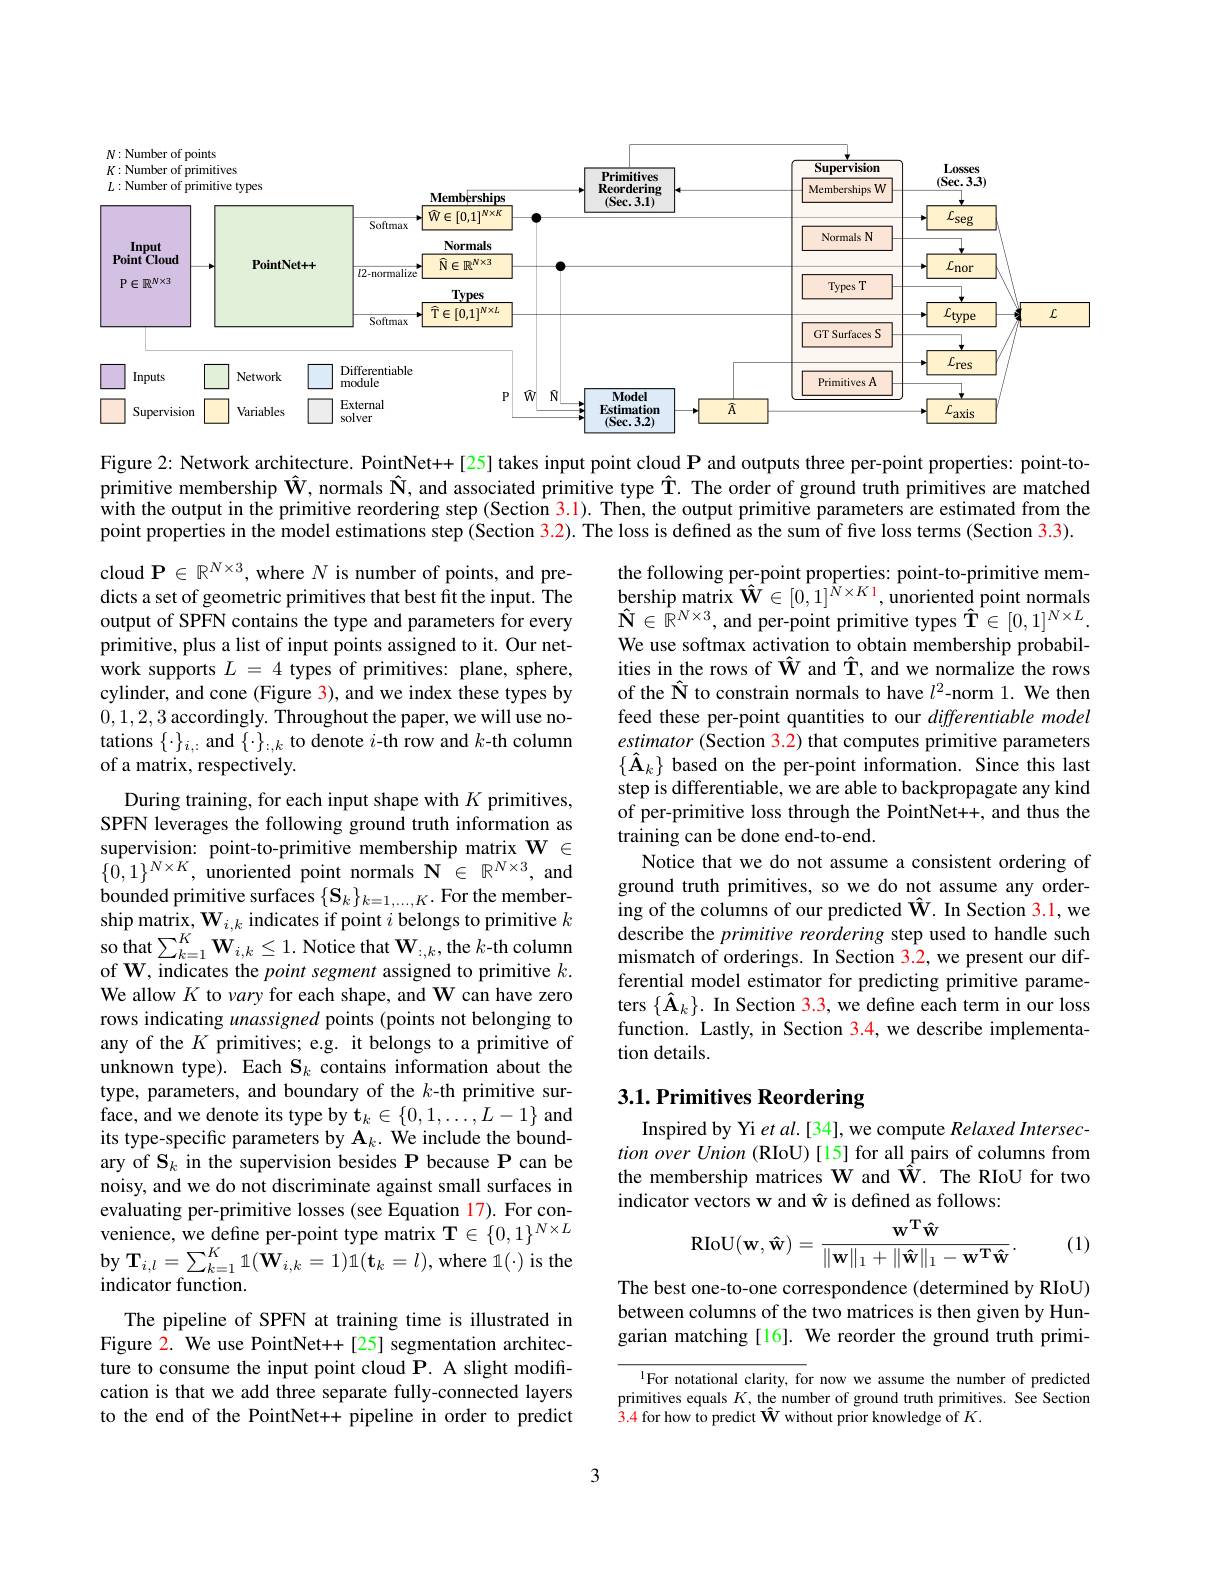
<FigureHere>

Figure 2: Network architecture. PointNet++[25] takes input point cloud $\mathbf{P}$ and outputs three per-point properties: point-to- $\tilde{\text{primitive membership }}\hat{\mathbf{W}}$, normals $\hat{\mathbf{N}}$, and associated primitive type $\hat{\mathbf{T}}.$ The order of ground truth primitives are matched with the output in the primitive reordering step (Section 3.1). Then, the output primitive parameters are estimated from the point properties in the model estimations step (Section $\color{red}{3.2}).$ The loss is defined as the sum of five loss terms (Section 3.3).

cloud $\mathbf{P}\in\mathbb{R}^{N\times3}$, where $N$ is number of points, and predicts a set of geometric primitives that best fit the input. The output of SPFN contains the type and parameters for every primitive, plus a list of input points assigned to it. Our network supports $L=4$ types of primitives: plane, sphere, cylinder, and cone (Figure 3), and we index these types by 0,1,2,3 accordingly. Throughout the paper, we will use notations $\{\cdot\}_{i,:}$ and $\{\cdot\}_{:,k}$ to denote $i$-th row and $k$-th column of a matrix, respectively.

the following per-point properties: point-to-primitive membership matrix $\hat{\mathbf{W}}\in[0,1]^{N\times K1}$,unoriented point normals $\hat{\mathbf{N}}\in\mathbb{R}^{N\times3}$, and per-point primitive types $\hat{\mathbf{T}}\in[0,1]^{N\times L}.$ We use softmax activation to obtain membership probabilities in the rows of $\hat{\mathbf{W}}$ and $\hat{\mathbf{T}}$, and we normalize the rows of the ÎN to constrain normals to have $l^2$-norm 1. We then feed these per-point quantities to our differentiable model estimator (Section 3.2) that computes primitive parameters $\{\hat{\mathbf{A}}_{k}\}$ based on the per-point information. Since this last step is differentiable, we are able to backpropagate any kind of per-primitive loss through the PointNet+, and thus the training can be done end-to-end
Notice that we do not assume a consistent ordering of ground truth primitives, so we do not assume any order- $\tilde{\text{ing of the columns of our predicted }}\hat{\mathbf{W}}.$ In Section 3.1,we describe the primitive reordering step used to handle such mismatch of orderings. In Section 3.2, we present our differential model estimator for predicting primitive parameters $\{\hat{\mathbf{A}}_k\}.$ In Section 3.3, we define each term in our loss function. Lastly, in Section 3.4, we describe implementation details.

# 3.1. Primitives Reordering

During training, for each input shape with $K$ primitives, SPFN leverages the following ground truth information as supervision: point-to-primitive membership matrix $\mathbf{W}\in$ $\{\hat{0},1\}^{N\times K},\hat{\text{unoriented point normals }\mathbf{N}}\in\mathbb{R}^{N\times3}$,and bounded primitive surfaces $\{\mathbf{S}_k\}_{k=1,\ldots,K}.$ For the member- $\text{ship matrix, W}_{i, k}$ indicates if point $i$ belongs to primitive $k$ so that $\sum _{k= 1}^{K}\mathbf{W} _{i, k}\leq 1.$ Notice that $\mathbf{W} _{i, k}$,the $k$- th column of W, indicates the point segment assigned to primitive $k.$ We allow $K$ to vary for each shape, and W can have zero rows indicating unassigned points (points not belonging to any of the $K$ primitives; e.g. it belongs to a primitive of unknown type). Each $\mathbf{S}_k$ contains information about the type, parameters, and boundary of the $k$-th primitive surface, and we denote its type by $\mathbf{t}_k\in\{0,1,\ldots,L-1\}$ and its type-specific parameters by $\mathbf{A}_k.$ We include the boundary of S$_k$ in the supervision besides P because P can be noisy, and we do not discriminate against small surfaces in evaluating per-primitive losses (see Equation 17). For convenience, we define per-point type matrix T$\in\{0,1\}^{N\times L}$ $\mathbf{by}\mathbf{T}_{i,l}=\sum_{k=1}^{K}1(\hat{\mathbf{W}}_{i,k}=1)\mathbb{1}(\mathbf{t}_{k}=l)$,where $1(\cdot)$is the indicator function.
The pipeline of SPFN at training time is illustrated in Figure 2. We use PointNet+[25] segmentation architecture to consume the input point cloud P. A slight modification is that we add three separate fully-connected layers to the end of the PointNet+ pipeline in order to predict

Inspired by Yi et al.[34], we compute Relaxed Intersection over Union (RIoU) [15] for all pairs of columns from the membership matrices W and $\hat{\mathbf{W}}.$ The RIoU for two indicator vectors w and ô is defined as follows:
$$\mathrm{RIoU}(\mathbf{w},\mathbf{\hat{w}})=\frac{\mathbf{w}^\mathrm{T}\mathbf{\hat{w}}}{\|\mathbf{w}\|_1+\|\mathbf{\hat{w}}\|_1-\mathbf{w}^\mathrm{T}\mathbf{\hat{w}}}.$$
(1)

The best one-to-one correspondence (determined by RIoU) between columns of the two matrices is then given by Hungarian matching [16]. We reorder the ground truth primi-

lFor notational clarity, for now we assume the number of predicted primitives equals $K$, the number of ground truth primitives. See Section 3.4 for how to predict $\mathbf{\hat{W}}$ without prior knowledge of $K.$

3